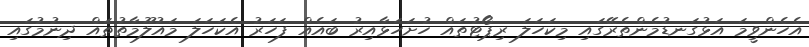
އެހެންވީމަ އަޅުގަނޑުމެންތެރޭގައި މިކަހަލަ ރިޕޯޓުތައް ހުށަހަޅާއިރު ބައެއް ފަހަރު އެކަހަލަ މައުލޫމާތުތައް ދިނުމުގައި